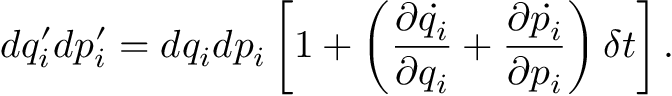
d q _ { i } ^ { \prime } d p _ { i } ^ { \prime } = d q _ { i } d p _ { i } \left[ 1 + \left( { \frac { \partial { \dot { q _ { i } } } } { \partial q _ { i } } } + { \frac { \partial { \dot { p _ { i } } } } { \partial p _ { i } } } \right) \delta t \right] .